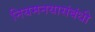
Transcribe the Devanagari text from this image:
नियमनयासंबंधी